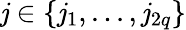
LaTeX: \mathit{j}\in\{ \mathit{j}_{1},...,\mathit{j}_{2q}\}